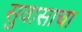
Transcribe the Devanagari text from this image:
सुवासाचा